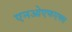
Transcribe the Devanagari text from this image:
एनओएफएक्स